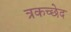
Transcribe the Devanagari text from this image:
त्रकच्छेद